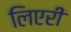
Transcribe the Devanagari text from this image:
लिएरी